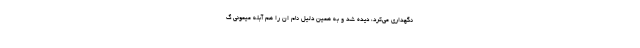
نگهداری می‌کرد، دیده شد و به همین دلیل نام ان را هم آبله میمونی گ